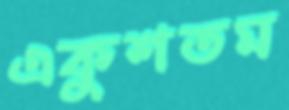
একুশতম